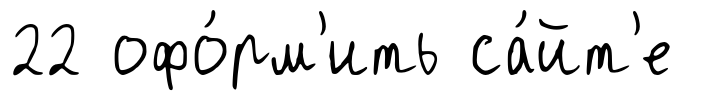
22 офо́рм'ить са́йт'е